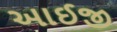
આઈજી